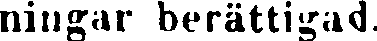
ningar berättigad.